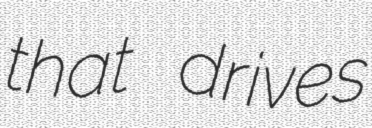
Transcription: that drives